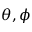
\theta , \phi